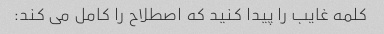
کلمه غایب را پیدا کنید که اصطلاح را کامل می کند: